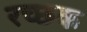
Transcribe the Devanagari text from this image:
रच्‍छक